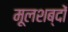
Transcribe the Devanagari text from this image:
मूलशब्दों